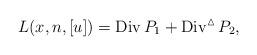
LaTeX: \begin{align*}L(x,n,[u])=\operatorname{Div}P_1+\operatorname{Div}^{\vartriangle}P_2,\end{align*}